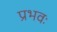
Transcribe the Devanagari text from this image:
प्रभवः